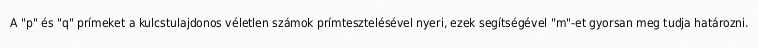
A "p" és "q" prímeket a kulcstulajdonos véletlen számok prímtesztelésével nyeri, ezek segítségével "m"-et gyorsan meg tudja határozni.